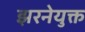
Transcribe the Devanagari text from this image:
झरनेयुक्त